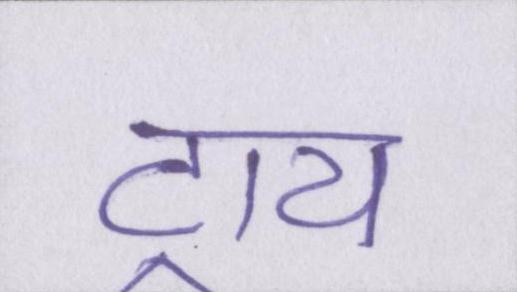
ट्राय